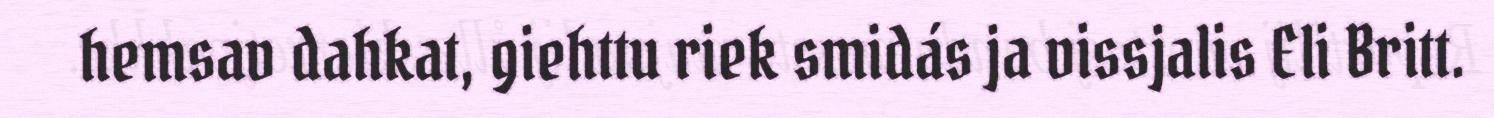
hemsav dahkat, giehttu riek smidás ja vissjalis Eli Britt.